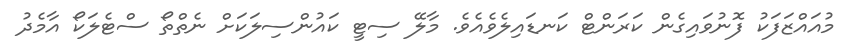
މުއައްޒަފަކު ފޮނުވައިގެން ކަރަންޓް ކަނޑައިލެވެއެވެ. މާލޭ ސިޓީ ކައުންސިލަކަށް ނެތްތޯ ސްޓެލަކޯ އާމެދު